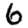
Digit: 6